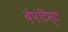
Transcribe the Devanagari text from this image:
बेपटिस्ट